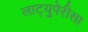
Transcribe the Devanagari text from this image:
लाट्युपेरीसा